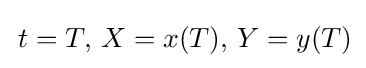
\,t=T,\,X=x(T),\,Y=y(T)